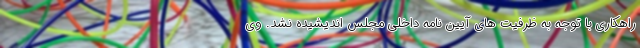
راهکاری با توجه به ظرفیت های آیین نامه داخلی مجلس اندیشیده نشد. وی